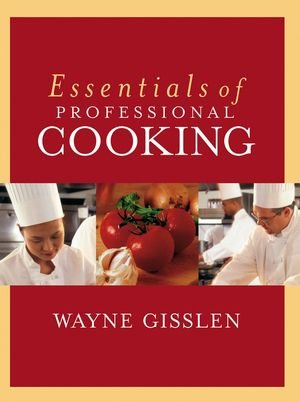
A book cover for Essentials of Professional Cooking; Wayne Gisslen; Cookbooks, Food & Wine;